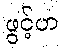
ဖွင့်ဟ